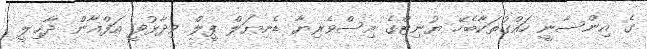
ގެ އިންސާނީ ހައްގުތަކާބެހޭ ޔުނިޓްގެ އިސްވެރިޔާ ޑެނިޔަލް ޕީލް ވިދާޅުވީ އަފްޣާން ދާޚިލީ